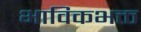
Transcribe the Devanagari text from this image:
भाविकभक्त